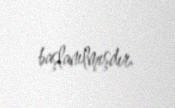
başlanılmışdır.